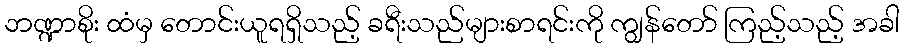
ဘဏ္ဍာစိုး ထံမှ တောင်းယူရရှိသည့် ခရီးသည်များစာရင်းကို ကျွန်တော် ကြည့်သည့် အခါ